Indian journal of veterinary science and animal husbandry - Volume 10,
Year: 1940
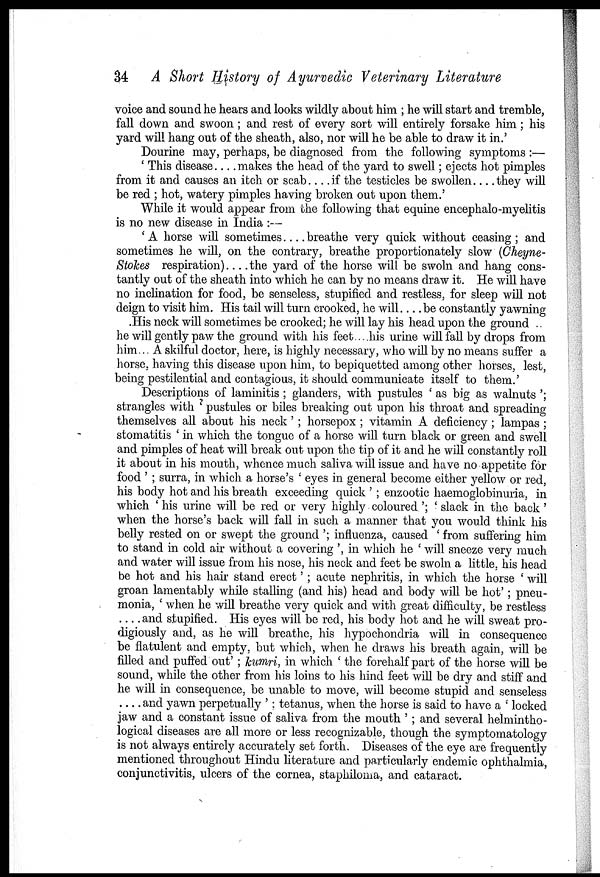
34 A Short History of Ayurvedic Veterinary Literature
voice and sound he hears and looks wildly about him ; he will start and tremble,
fall down and swoon ; and rest of every sort will entirely forsake him; his
yard will hang out of the sheath, also, nor will he be able to draw it in.'
Dourine may, perhaps, be diagnosed from the following symptoms :—
' This disease . . . . makes the head of the yard to swell; ejects hot pimples
from it and causes an itch or scab . . . . if the testicles be swollen . . . . they will
be red ; hot, watery pimples having broken out upon them.'
While it would appear from the following that equine encephalo-myelitis
is no new disease in India :—
' A horse will sometimes . . . . breathe very quick without ceasing ; and
sometimes he will, on the contrary, breathe proportionately slow (Cheyne¬
Stokes respiration)... .the yard of the horse will be swoln and hang cons-
tantly out of the sheath into which he can by no means draw it. He will have
no inclination for food, be senseless, stupified and restless, for sleep will not
deign to visit him. His tail will turn crooked, he will... .be constantly yawning
His neck will sometimes be crooked; he will lay his head upon the ground ..
he will gently paw the ground with his feet... .his urine will fall by drops from
him... A skilful doctor, here, is highly necessary, who will by no means suffer a
horse, having this disease upon him, to bepiquetted among other horses, lest,
being pestilential and contagious, it should communicate itself to them.'
Descriptions of laminitis ; glanders, with pustules ' as big as walnuts ';
strangles with ' pustules or biles breaking out upon his throat and spreading
themselves all about his neck' ; horsepox ; vitamin A deficiency; lampas ;
stomatitis ' in which the tongue of a horse will turn black or green and swell
and pimples of heat will break out upon the tip of it and he will constantly roll
it about in his mouth, whence much saliva will issue and have no appetite for
food ' ; surra, in which a horse's ' eyes in general become either yellow or red,
his body hot and his breath exceeding quick ' ; enzootic haemoglobinuria, in
which ' his urine will be red or very highly coloured '; ' slack in the back'
when the horse's back will fall in such a manner that you would think his
belly rested on or swept the ground '; influenza, caused ' from suffering him
to stand in cold air without a covering ', in which he ' will sneeze very much
and water will issue from his nose, his neck and feet be swoln a little, his head
be hot and his hair stand erect' ; acute nephritis, in which the horse ' will
groan lamentably while stalling (and his) head and body will be hot'; pneu-
monia, ' when he will breathe very quick and with great difficulty, be restless
and stupified. His eyes will be red, his body hot and he will sweat pro-
digiously and, as he will breathe, his hypochondria will in consequence
be flatulent and empty, but which, when he draws his breath again, will be
filled and puffed out' ; kumri, in which ' the forehalf part of the horse will be
sound, while the other from his loins to his hind feet will be dry and stiff and
he will in consequence, be unable to move, will become stupid and senseless
. . . . and yawn perpetually ' ; tetanus, when the horse is said to have a ' locked
jaw and a constant issue of saliva from the mouth ' ; and several helmintho¬
logical diseases are all more or less recognizable, though the symptomatology
is not always entirely accurately set forth. Diseases of the eye are frequently
mentioned throughout Hindu literature and particularly endemic ophthalmia,
conjunctivitis, ulcers of the cornea, staphiloma, and cataract.